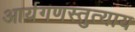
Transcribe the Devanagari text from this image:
आर्यगणस्तुत्याय